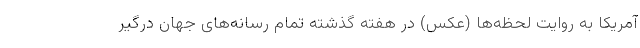
آمریکا به روایت لحظه‌ها (عکس) در هفته گذشته تمام رسانه‌های جهان درگیر